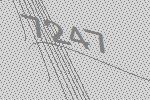
7247